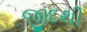
જીદથી